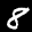
Label: 8